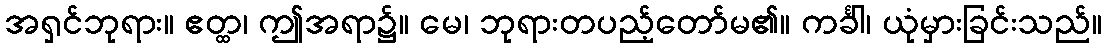
အရှင်ဘုရား။ ဧတ္ထ၊ ဤအရာ၌။ မေ၊ ဘုရားတပည့်တော်မ၏။ ကင်္ခါ၊ ယုံမှားခြင်းသည်။